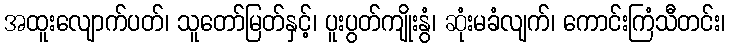
အထူးလျောက်ပတ်၊ သူတော်မြတ်နှင့်၊ ပူးပွတ်ကျိုးနွံ၊ ဆုံးမခံလျက်၊ ကောင်းကြံသီတင်း၊